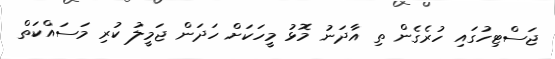
ޖަސްޓިހުގައި ހުރެގެން ތި އާދަނު މޮޅު މީހަކަށް ހަދަން ޖަމީލު ކުރި މަސައްކަތް